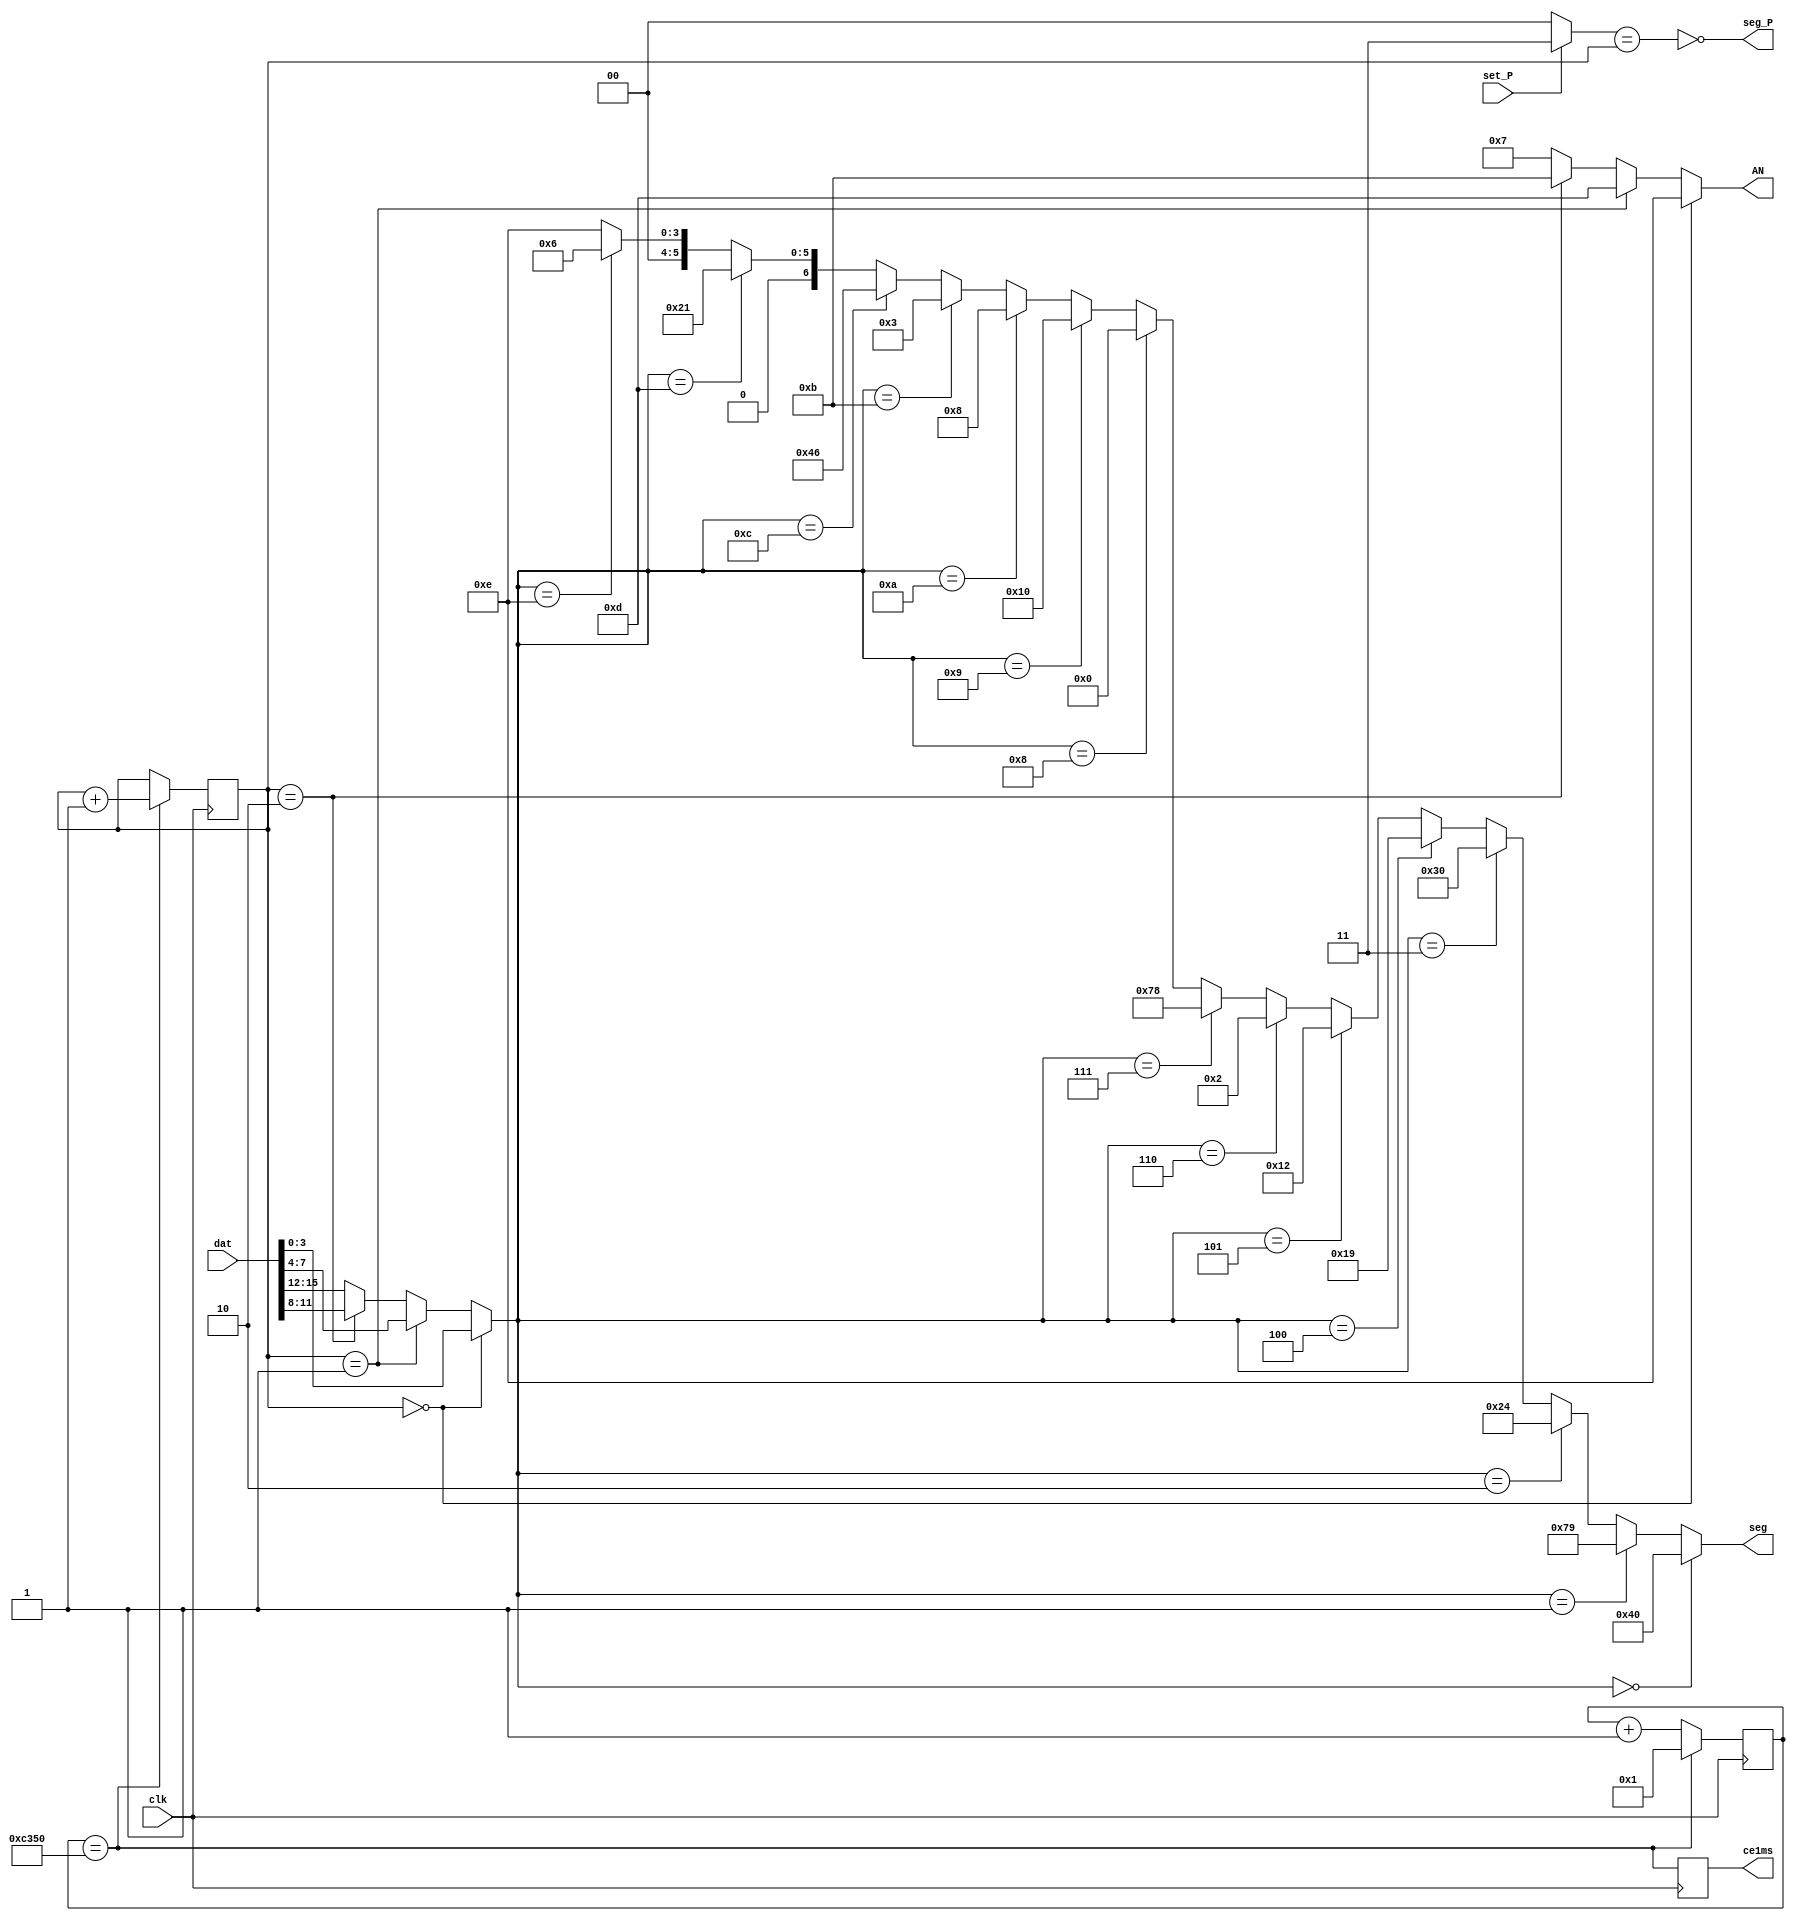
module DISPLAY( 	input clk, 			output wire[3:0] AN, //
						input [15:0]dat, 	output wire [6:0] seg, //
						input set_P, 		output wire seg_P, //
												output reg ce1ms=0);

parameter Fclk=50000 ; //50000 kHz
parameter F1kHz=1 ; //1 kHz

wire [1:0]ptr_P = set_P? 2'b11 : 2'b00 ; //   

reg [15:0] cb_1ms = 0 ;

wire ce = (cb_1ms==Fclk/F1kHz) ;

//-------  ce1ms ( 1 ,  Tclk=20 ) -------------
always @ (posedge clk) begin
	cb_1ms <= ce? 1 : cb_1ms+1 ;
	ce1ms <= ce ;
end

//------   -----------------------------------------
reg [1:0]cb_dig=0 ;

always @ (posedge clk) if (ce) begin
	cb_dig <= cb_dig+1 ;
end

//------- -------------
assign AN = (cb_dig==0)? 4'b1110 : //  0 ()
				(cb_dig==1)? 4'b1101 : //  1
				(cb_dig==2)? 4'b1011 : //  2
								 4'b0111 ; //  3 ()

//-------  (HEX )-------------
wire[3:0] dig =(cb_dig==0)? dat[3:0]:
					(cb_dig==1)? dat[7:4]:
					(cb_dig==2)? dat[11:8]: dat[15:12];

//------- ----------
								 //gfedcba
assign seg= (dig== 0)? 	7'b1000000 ://0 	a
				(dig== 1)? 	7'b1111001 ://1 f| |b
				(dig== 2)? 	7'b0100100 ://2 	g
				(dig== 3)? 	7'b0110000 ://3 e| |c
				(dig== 4)? 	7'b0011001 ://4 	d
				(dig== 5)? 	7'b0010010 ://5
				(dig== 6)? 	7'b0000010 ://6
				(dig== 7)? 	7'b1111000 ://7
				(dig== 8)? 	7'b0000000 ://8
				(dig== 9)?	7'b0010000 ://9
				(dig==10)?	7'b0001000 ://A
				(dig==11)? 	7'b0000011 ://b
				(dig==12)? 	7'b1000110 ://C
				(dig==13)? 	7'b0100001 ://d
				(dig==14)? 	7'b0000110 ://E
								7'b0001110 ;//F

//------- -------
assign seg_P = !(ptr_P == cb_dig) ;

endmodule